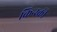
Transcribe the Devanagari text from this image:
किन्स्की